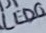
Text: LED0